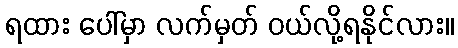
ရထား ပေါ်မှာ လက်မှတ် ဝယ်လို့ရနိုင်လား။